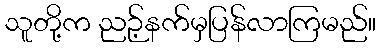
သူတို့က ညဉ့်နက်မှပြန်လာကြမည်။